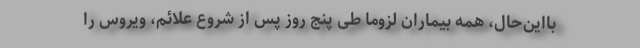
بااین‌حال، همه بیماران لزوما طی پنج روز پس از شروع علائم، ویروس را